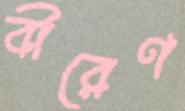
বীরেণ